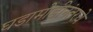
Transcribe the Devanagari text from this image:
घडामोडीनंतरचे